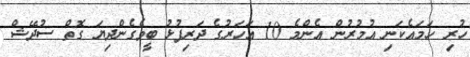
ހުރި ހަމައެކަނި އުމުރުން އެންމެ 10 އަހަރުގެ ދަރިފުޅު ބީވެގެންދިޔަ ގޮތް ސުދޭޝް